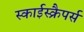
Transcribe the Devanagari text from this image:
स्काईस्क्रैपर्स